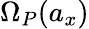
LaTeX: \Omega_{P}(a_{x})